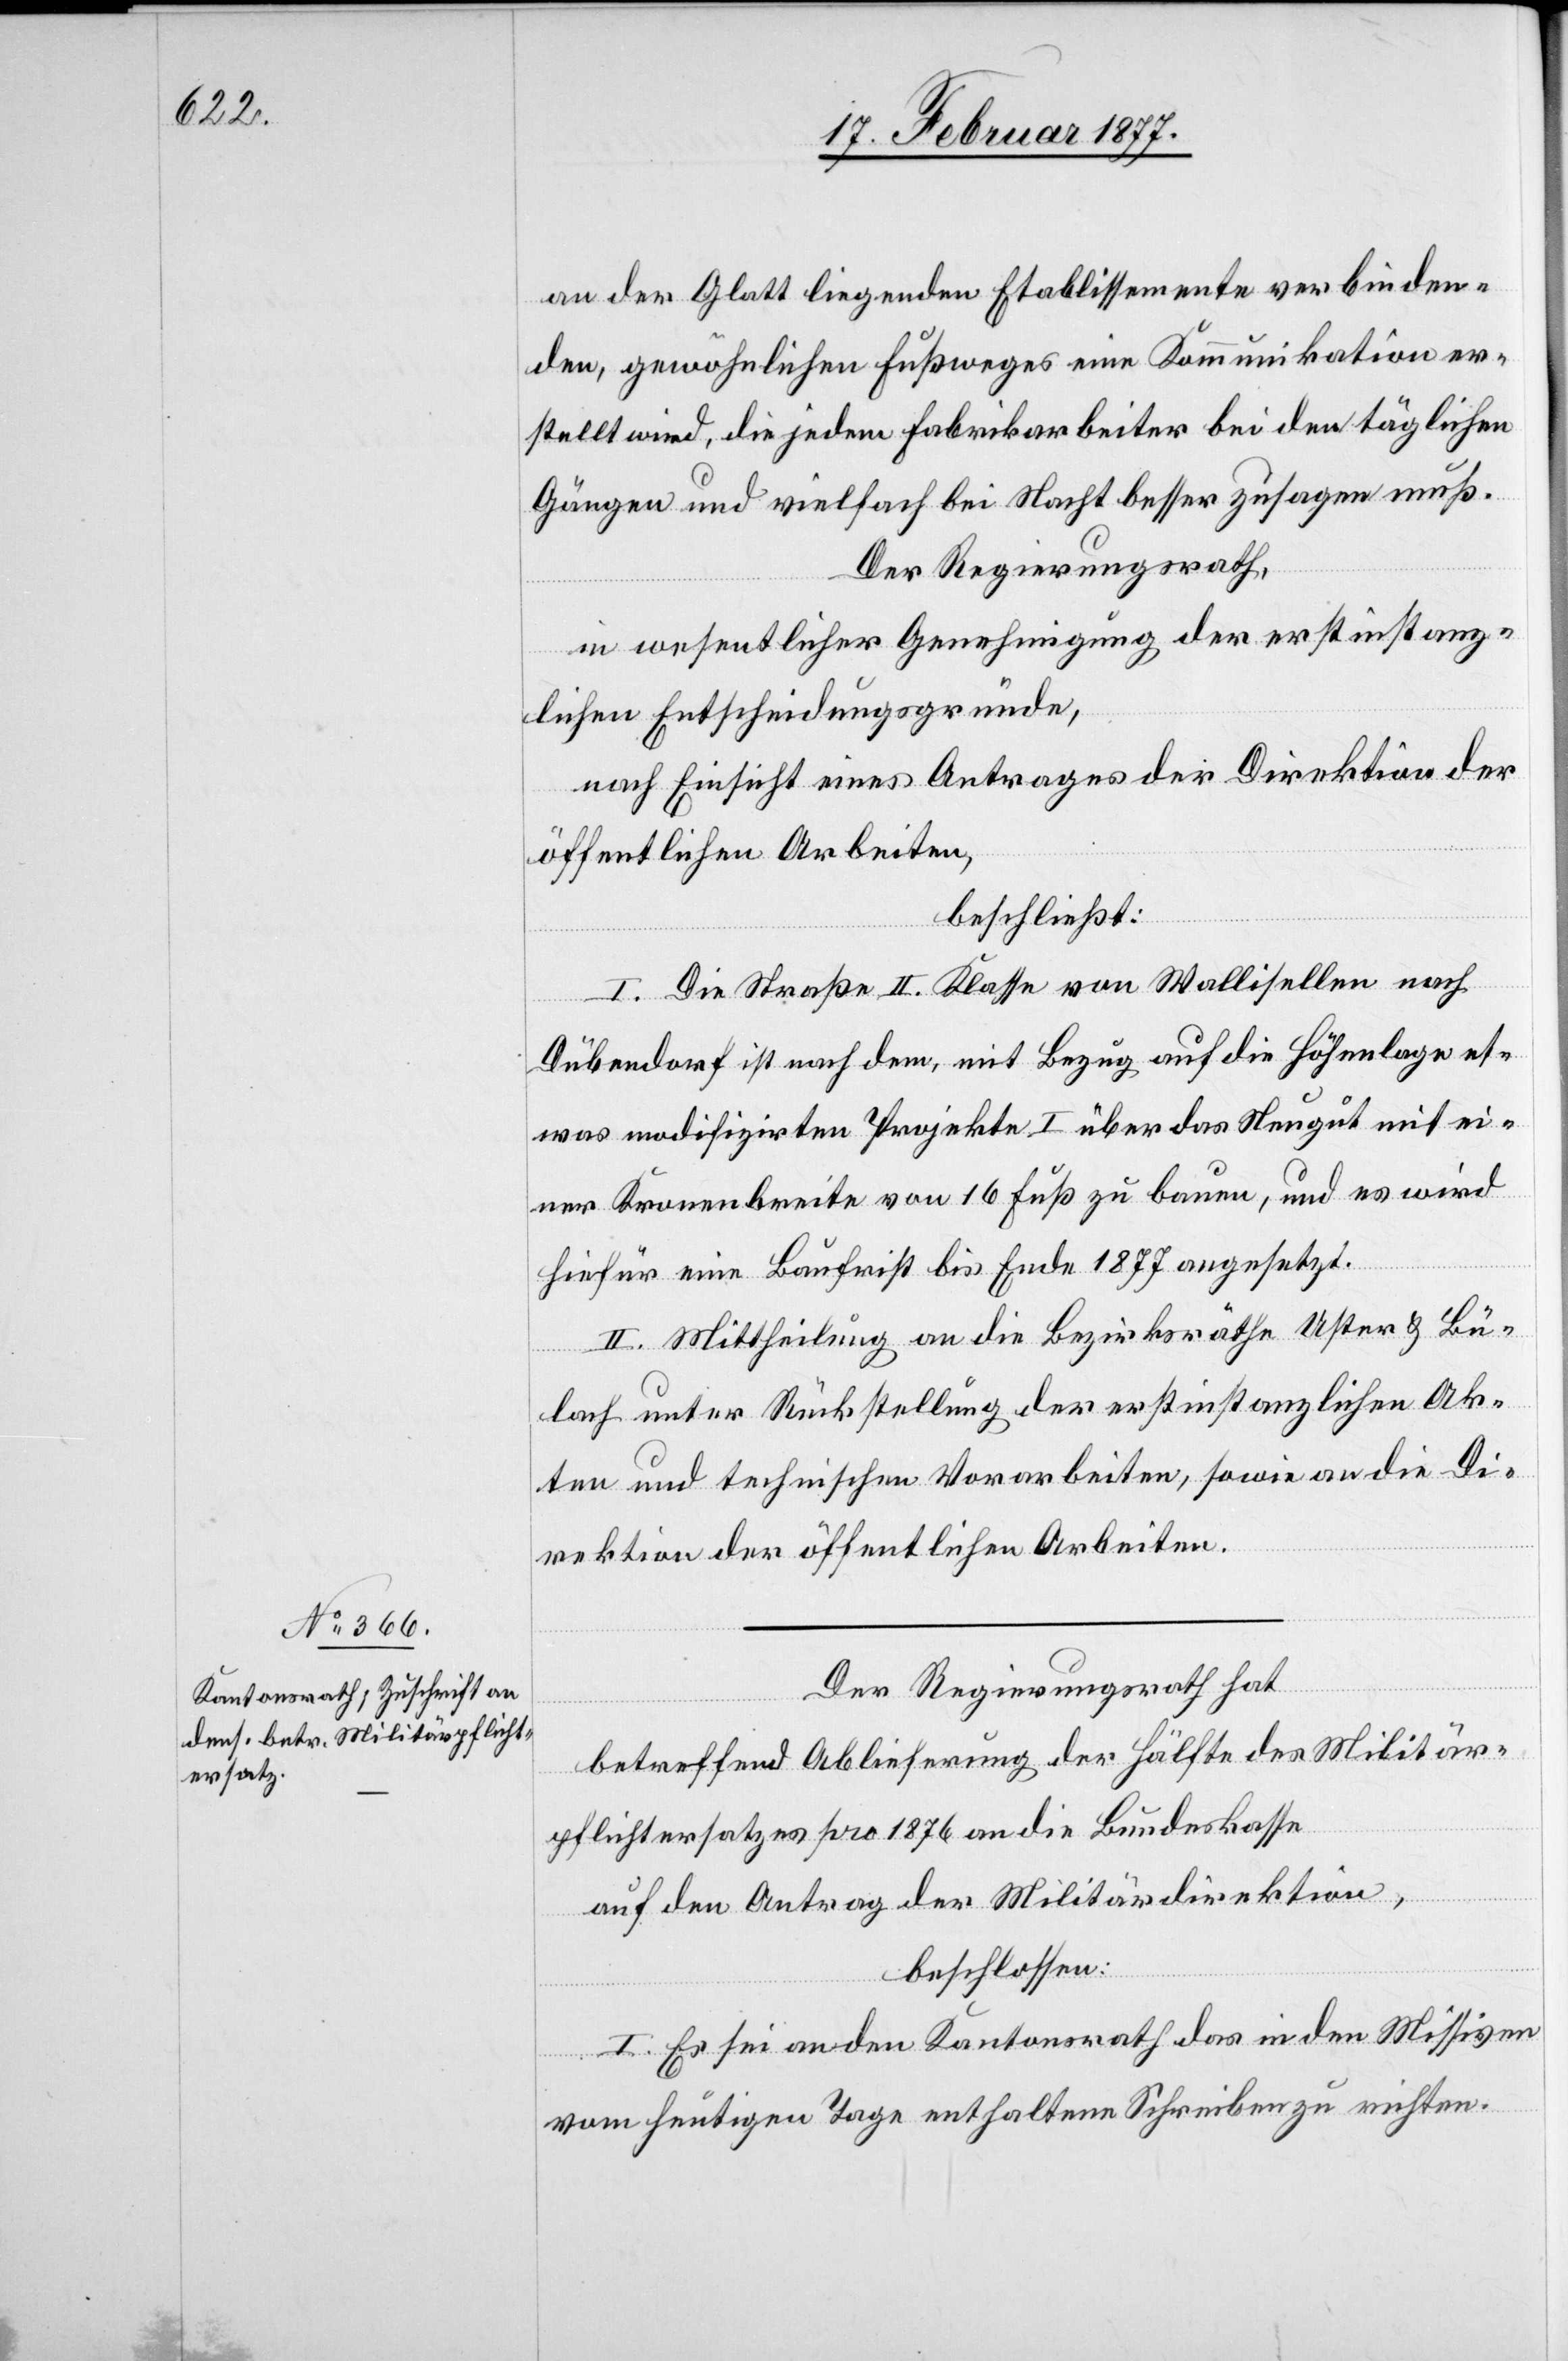
an der Glatt liegenden Etablissemente verbinden¬
den, gewöhnlichen Fußweges eine Kommunikation er¬
stellt wird, die jeden Fabrikarbeiter bei den täglichen
Gängen und vielfach bei Nacht besser zusagen muß.
Der Regierungsrath,
in wesentlicher Genehmigung der erstinstanz¬
lichen Entscheidungsgründe,
nach Einsicht eines Antrages der Direktion der
öffentlichen Arbeiten,
beschließt:
I. Die Straße II. Klasse von Wallisellen nach
Dübendorf ist nach dem, mit Bezug auf die Höhenlage et¬
was modifizirten Projekte I über das Neugut mit ei¬
ner Kronenbreite von 16 Fuß zu bauen, und es wird
hiefür eine Baufrist bis Ende 1877 angesetzt.
II. Mittheilung an die Bezirksräthe Uster & Bü¬
lach unter Rückstellung der erstinstanzlichen Ak¬
ten und technischen Vorarbeiten, sowie an die Di¬
rektion der öffentlichen Arbeiten.
Der Regierungsrath hat,
betreffend Ablieferung der Hälfte des Militär¬
pflichtersatzes pro 1876 an die Bundeskasse
auf den Antrag der Militärdirektion,
beschlossen:
I. Es sei an den Kantonsrath das in den Missiven
vom heutigen Tage enthaltene Schreiben zu richten.